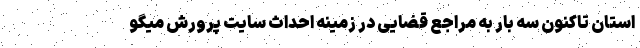
استان تاکنون سه بار به مراجع قضایی در زمینه احداث سایت پرورش میگو